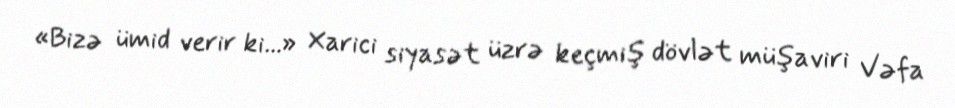
«Bizə ümid verir ki...» Xarici siyasət üzrə keçmiş dövlət müşaviri Vəfa